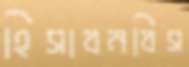
হিসাবনবিস